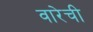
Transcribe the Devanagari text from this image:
वारेची